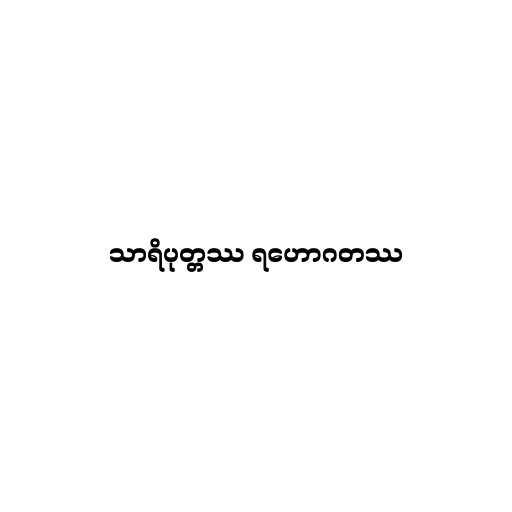
သာရိပုတ္တဿ ရဟောဂတဿ